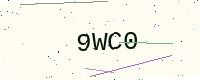
Text: 9WC0